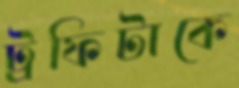
ট্রফিটাকে